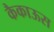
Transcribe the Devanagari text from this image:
कैकाऊस